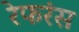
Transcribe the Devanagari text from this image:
रेफरंस